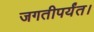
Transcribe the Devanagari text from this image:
जगतीपर्यंत।